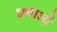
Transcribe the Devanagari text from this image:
घत्ताओं